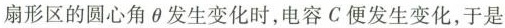
扇形区的圆心角\theta发生变化时，电容C便发生变化，于是